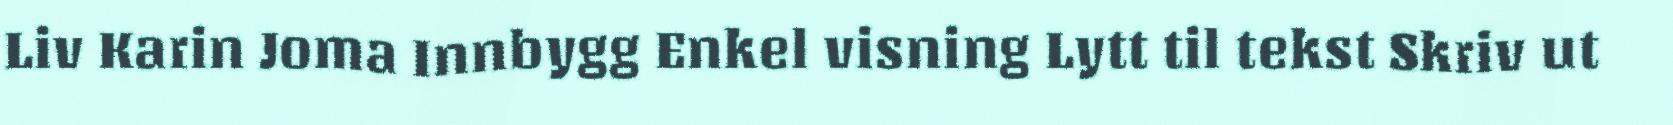
Liv Karin Joma Innbygg Enkel visning Lytt til tekst Skriv ut